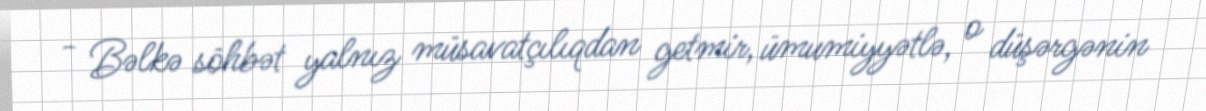
- Bəlkə söhbət yalnız müsavatçılıqdan getmir, ümumiyyətlə, o düşərgənin